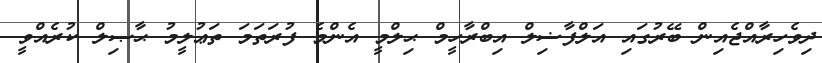
ދިވެހިރާއްޖެއިން ބޭރުގައި އަލްފާޟިލް އިބްރާހީމް ޙިލްމީ އެންމެ ފުރަތަމަ ތަޢުލީމު ޙާޞިލް ކުރެއްވީ